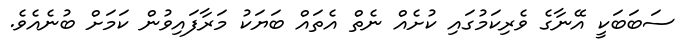
ސަބަބަކީ އޭނާގެ ވެރިކަމުގައި ކުށެއް ނެތް އެތައް ބަޔަކު މަރާފައިވުން ކަމަށް ބުނެއެވެ.